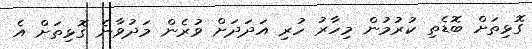
ގޮޅިތަށް ބޮޑެތި ކުރުމުން މިހާރު ހުރި އަދަދަށް ވުރެން މަދުވާނެ ގޮޅިތަށް އެ